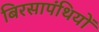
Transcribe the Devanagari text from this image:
बिरसापंथियों